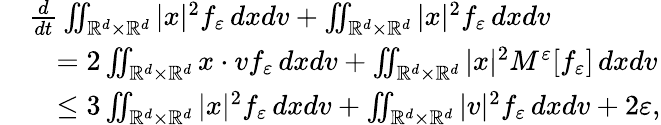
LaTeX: \begin{array}{r}{\begin{array}{rl}&{\frac{d}{dt}\iint_{\mathbb R^{d}\times\mathbb R^{d}}|x|^{2}f_{\varepsilon}\, dxdv+\iint_{\mathbb R^{d}\times\mathbb R^{d}}|x|^{2}f_{\varepsilon}\, dxdv}\\ &{\quad=2\iint_{\mathbb R^{d}\times\mathbb R^{d}}x\cdot vf_{\varepsilon}\, dxdv+\iint_{\mathbb R^{d}\times\mathbb R^{d}}|x|^{2}M^{\varepsilon}[f_{\varepsilon}]\, dxdv}\\ &{\quad\leq 3\iint_{\mathbb R^{d}\times\mathbb R^{d}}|x|^{2}f_{\varepsilon}\, dxdv+\iint_{\mathbb R^{d}\times\mathbb R^{d}}|v|^{2}f_{\varepsilon}\, dxdv+2\varepsilon,}\end{array}}\end{array}